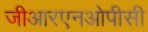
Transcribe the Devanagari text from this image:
जीआरएनओपीसी